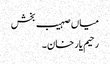
میاں صہیب بخش
رحیم یار خان۔